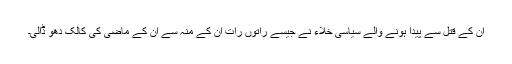
ان کے قتل سے پیدا ہونے والے سیاسی خلاء نے جیسے راتوں رات ان کے منہ سے ان کے ماضی کی کالک دھو ڈالی۔